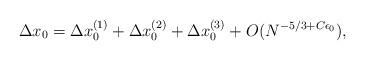
LaTeX: \begin{align*}\Delta x_0=\Delta x_0^{(1)}+\Delta x_0^{(2)}+ \Delta x_0^{(3)}+O(N^{-5/3+C \epsilon_0}),\end{align*}